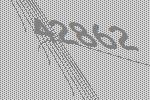
42862